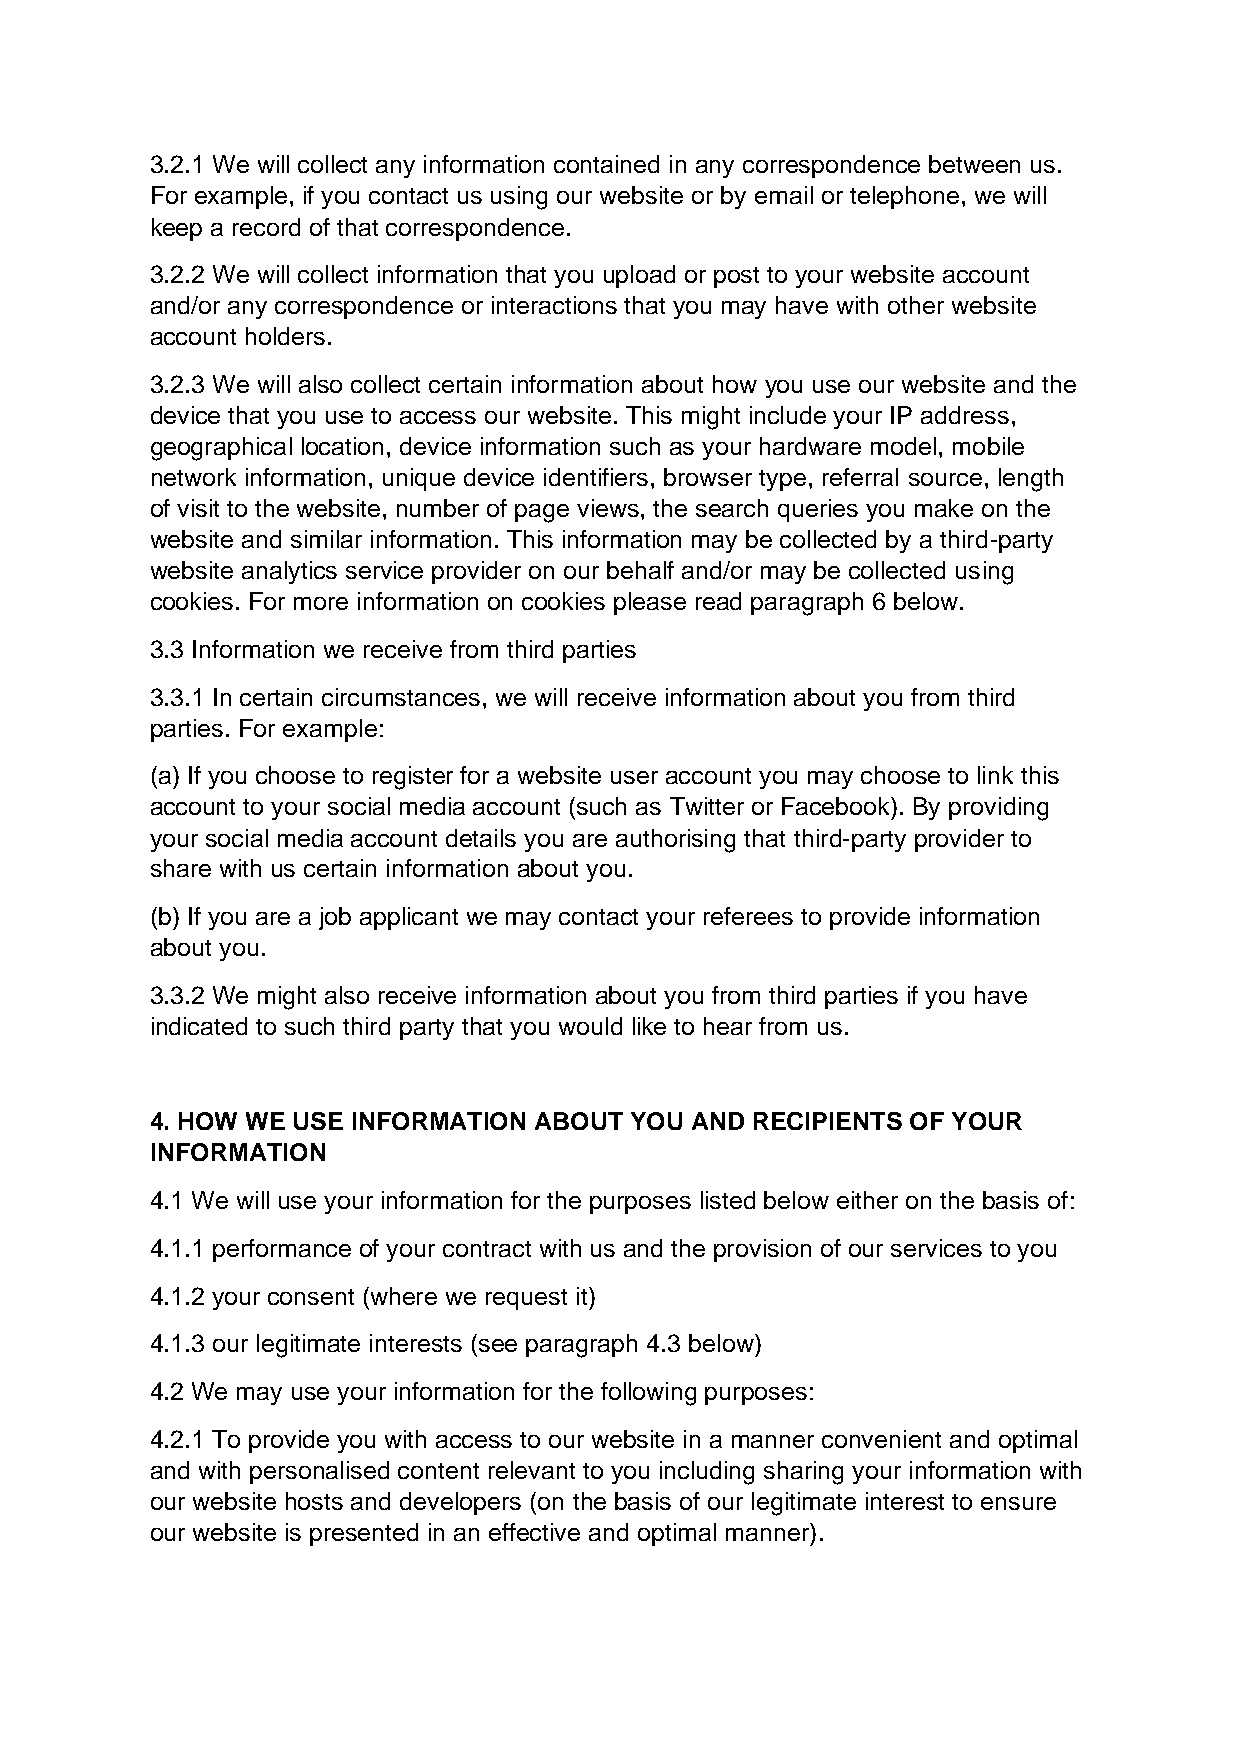
3.2.1 We will collect any information contained in any correspondence between us.
 For example, if you contact us using our website or by email or telephone, we will
 keep a record of that correspondence.
 3.2.2 We will collect information that you upload or post to your website account
 and/or any correspondence or interactions that you may have with other website
 account holders.
 3.2.3 We will also collect certain information about how you use our website and the
 device that you use to access our website. This might include your IP address,
 geographical location, device information such as your hardware model, mobile
 network information, unique device identifiers, browser type, referral source, length
 of visit to the website, number of page views, the search queries you make on the
 website and similar information. This information may be collected by a third-party
 website analytics service provider on our behalf and/or may be collected using
 cookies. For more information on cookies please read paragraph 6 below.
 3.3 Information we receive from third parties
 3.3.1 In certain circumstances, we will receive information about you from third
 parties. For example:
 (a) If you choose to register for a website user account you may choose to link this
 account to your social media account (such as Twitter or Facebook). By providing
 your social media account details you are authorising that third-party provider to
 share with us certain information about you.
 (b) If you are a job applicant we may contact your referees to provide information
 about you.
 3.3.2 We might also receive information about you from third parties if you have
 indicated to such third party that you would like to hear from us.
 4. HOW WE USE INFORMATION ABOUT YOU AND RECIPIENTS OF YOUR
 INFORMATION
 4.1 We will use your information for the purposes listed below either on the basis of:
 4.1.1 performance of your contract with us and the provision of our services to you
 4.1.2 your consent (where we request it)
 4.1.3 our legitimate interests (see paragraph 4.3 below)
 4.2 We may use your information for the following purposes:
 4.2.1 To provide you with access to our website in a manner convenient and optimal
 and with personalised content relevant to you including sharing your information with
 our website hosts and developers (on the basis of our legitimate interest to ensure
 our website is presented in an effective and optimal manner).